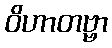
ဝိဟာတဗ္ဗာ